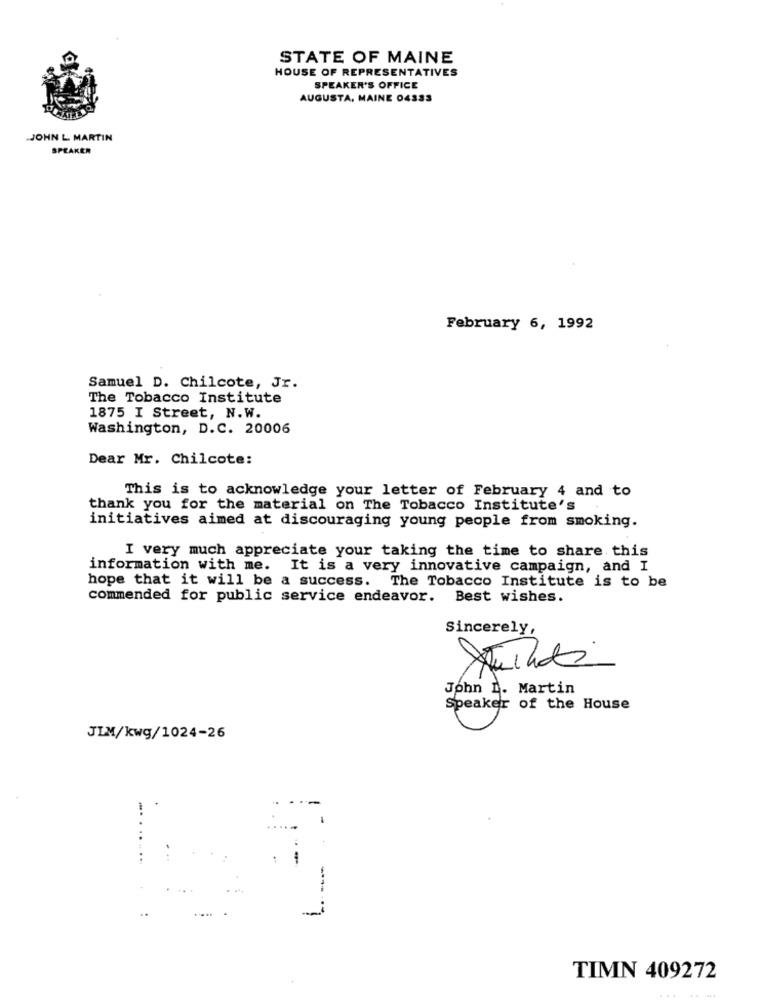
STATE OF MAINE
HOUSE OF REPRESENTATIVES
SPEAKER'S OFFICE
AUGUSTA, MAINE 04333
JOHN L MARTIN
SPEAKER
February 6, 1992
Samuel D. Chilcote, Jr.
The Tobacco Institute
1875 I Street, N.W.
Washington, D.C. 20006
Dear Mr. Chilcote:
This is to acknowledge your letter of February 4 and to
thank you for the material on The Tobacco Institute's
initiatives aimed at discouraging young people from smoking.
I very much appreciate your taking the time to share this
information with me. It is a very innovative campaign, and I
hope that it will be a success. The Tobacco Institute is to be
commended for public service endeavor. Best wishes.
Sincerely,
-
John I. Martin
Speaker of the House
JIM/kwg/1024-26
-
TIMN 409272